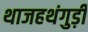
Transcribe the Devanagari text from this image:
थाजहथंगुड़ी